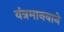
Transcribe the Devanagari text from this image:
यंत्रमानवाने